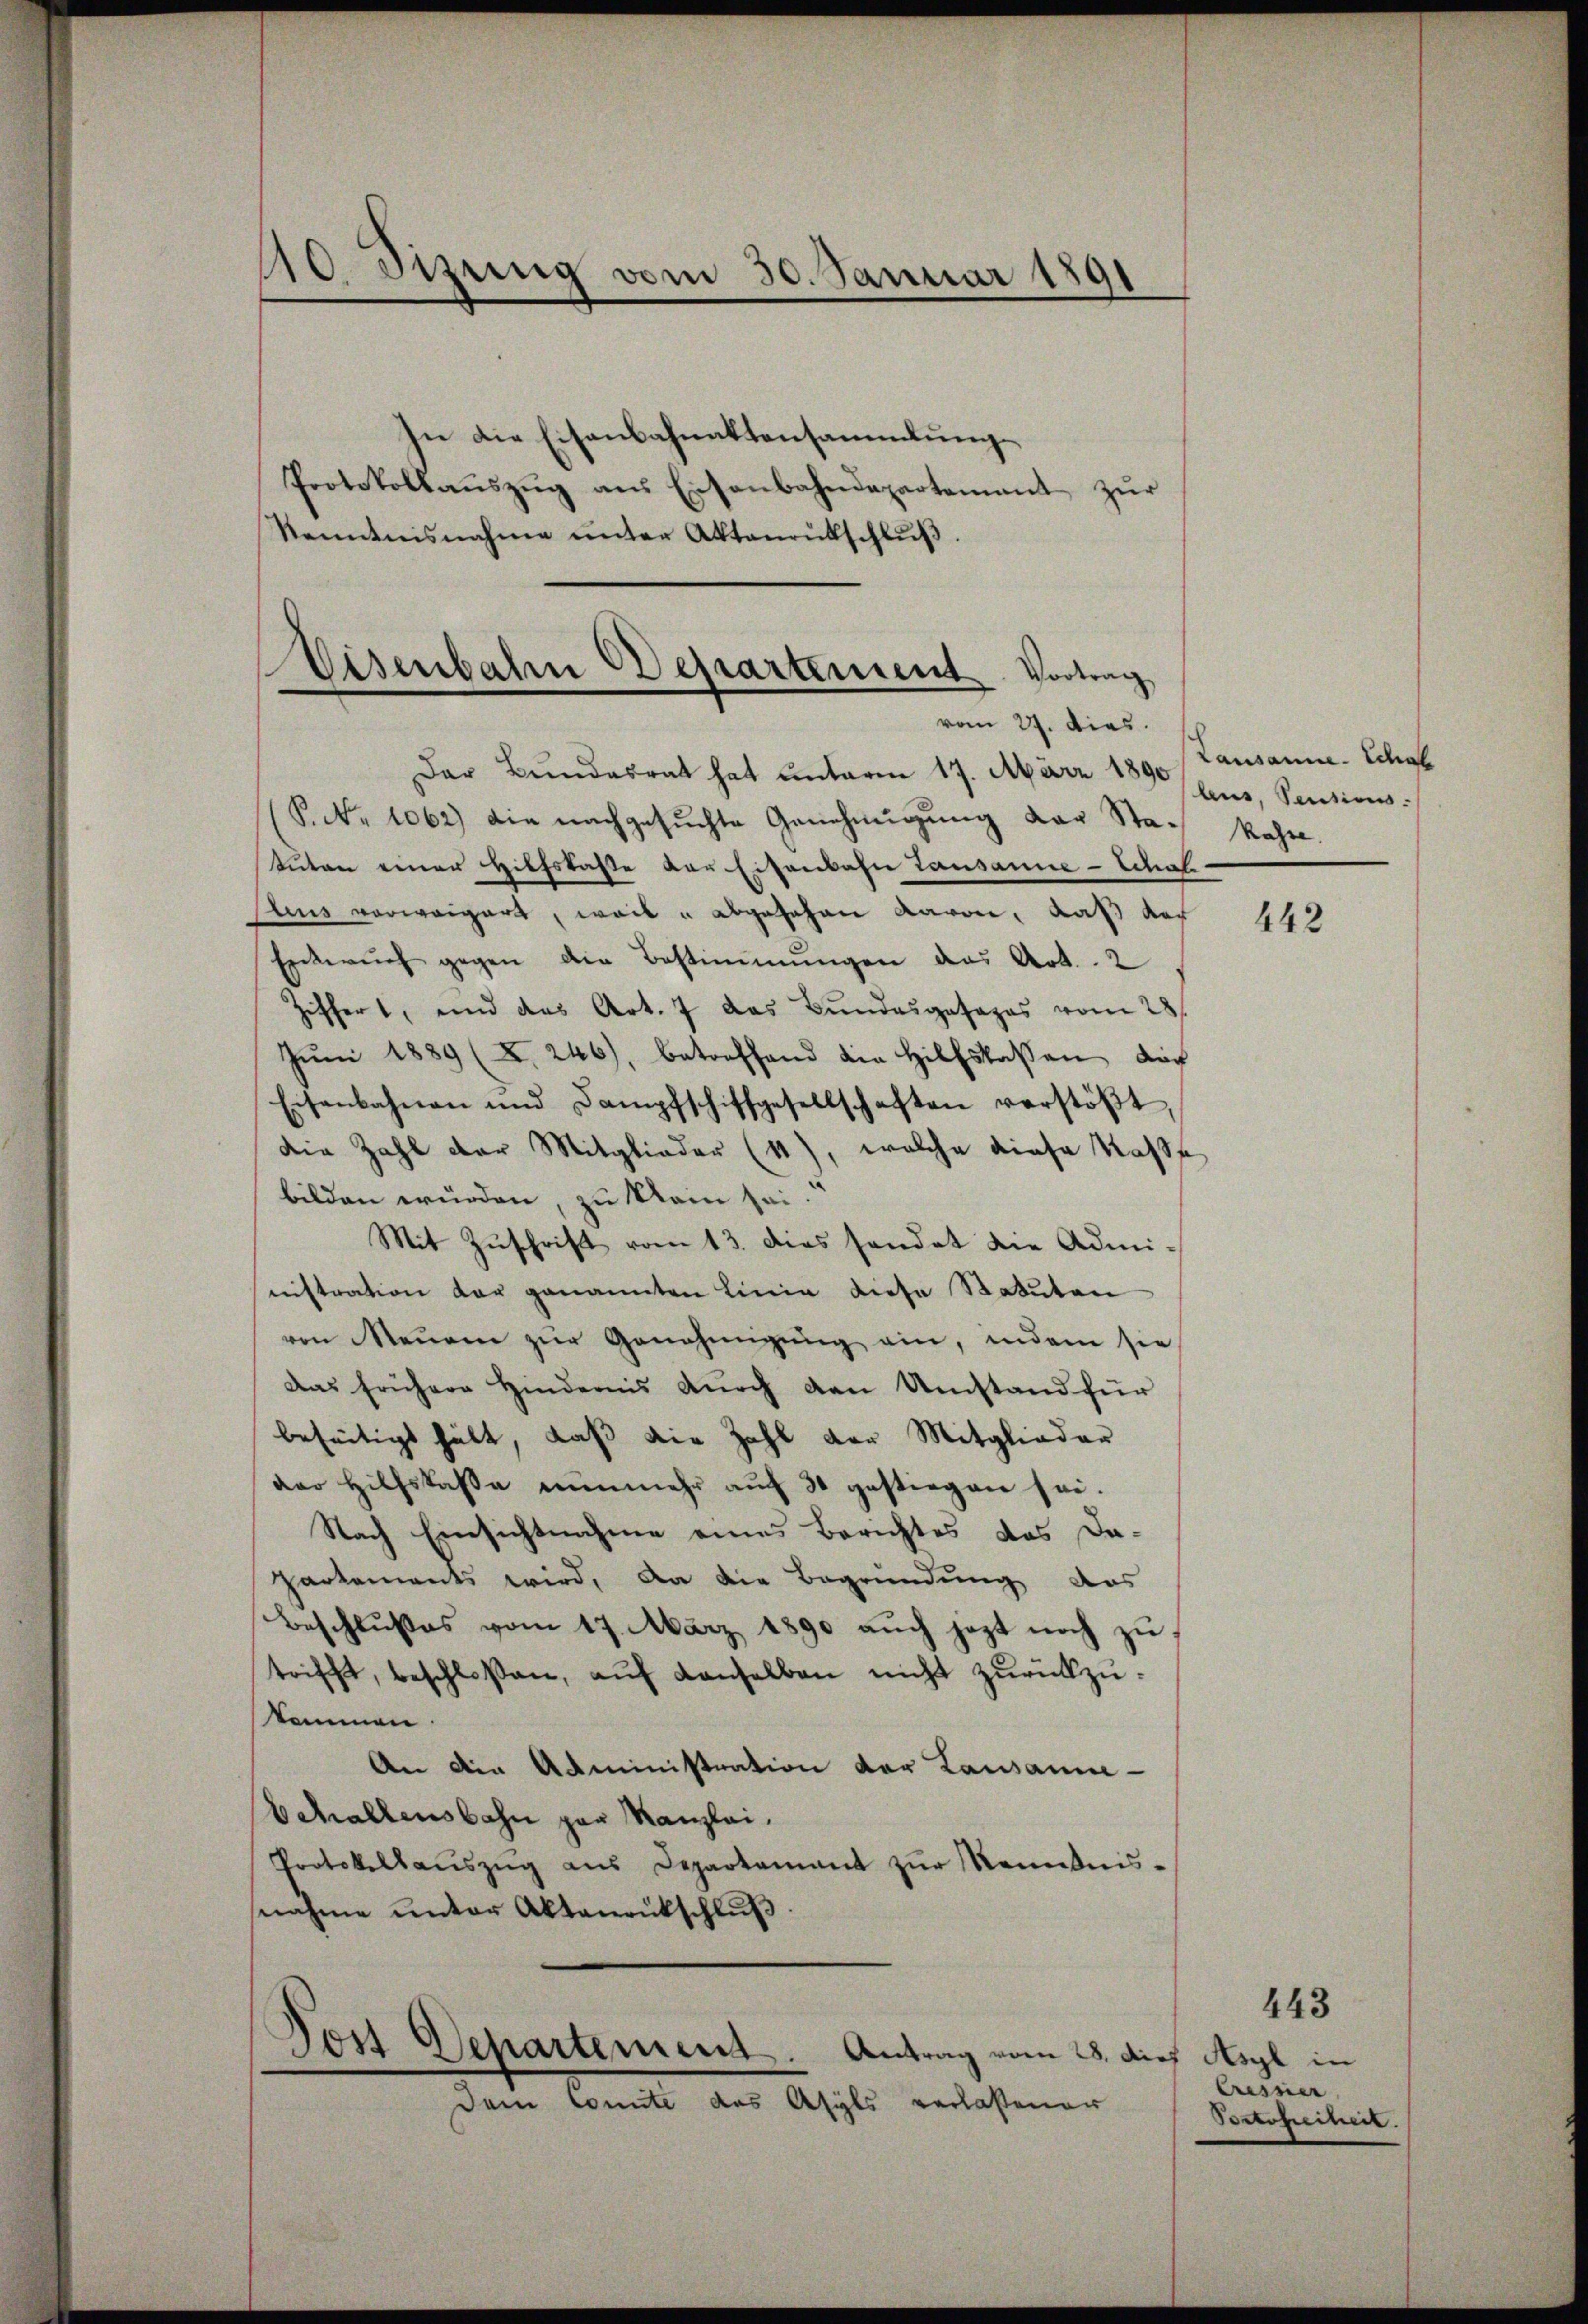
10 Stzung vom 30. Januar 1891

In die Eisenbahnaktensammlungs
Protokollaŭszŭg aŭs Eisenbahndepartement zŭr
kenntnisnahme ŭnter Aktenrütschlŭβ.

Visenbahn Departement. Vortrag

Der Bundesrat hat unterm 17. März 1890
P. Nr. 1062) die nachgesuchte Genehmigung der Sta- kasse.
tuten einer Hilfskasse der Eisenbahn Lausanne - Schaf
stus verweigert, weil u abgesehen davon, Rath der
Entwurf gegen die Bestimmungen das Art. 2
Ziffert, und das Art. 7 das Bundesgesages vom 28.
Jŭni 1889 (X. 246), betreffend die Hilfskassen doch
Eisenbahnen und Dampfschiffgesellschaften verstöβt,
die Zahl der Mitglieder (11), welche diese Kasse
bilden würden, zu kein sei.
Mit Zŭschrift vom 13. dies handet die Admi-
nistration der genannten Linie diese Statuten
von Mauern zŭr Genehmigung ein, indem sie
Das frühere Hindernis dŭrch den Umstand für
beseitigt hält, daß die Zahl der Mitglieder
der Hilfskaße nunmehr auch 30 gestiegen sei.
Nach Einsichtnahme eines Berichtes das Da-
partements wird, da die Begründung das
Beschlußes vom 17. März 1890 aŭch jezt noch zŭ
trifft, beschloßen, aŭf denselben nicht zŭrückzŭ-
kommen.
An die Administration der Lausann-
Schallensbahn par Kanzlei.
Protokollaŭszŭg aŭs Departament zŭr Kenntnis-
nahme ŭnter Aktenrütschlŭβ:

dem Comite des Asyls verlaßener

Post Departement. Antrag vom 28. di

vom 27. dies.

Lausanne. Schaf
lus, Senties.

of Asyl in
Cresner
Portofreiheit.

442

443